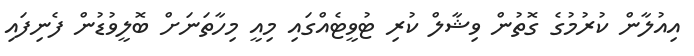
އިއުލާން ކުރުމުގެ ގޮތުން ވިޝާލް ކުރި ޓުވީޓެއްގައި މިއީ މިހާތަނަށް ބޮލީވުޑުން ފެނިފައި